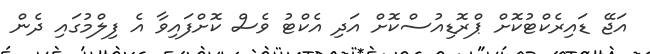
އަޖޭ ޑައިރެކްޓުކޮށް ޕްރޮޑިއުސްކޮށް އަދި އެކްޓު ވެސް ކޮށްފައިވާ އެ ފިލްމުގައި ދެން